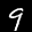
Label: 9